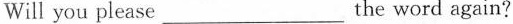
Will you please ___ the word again?